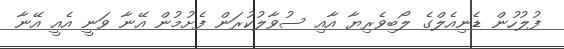
ފުލުހުން ޑެނިއެލްގެ ލޯބިވެރިޔާ އާއި ސުވާލުކުރަން ފެށުމުން އޭނާ ވަނީ އެއީ އޭނާ